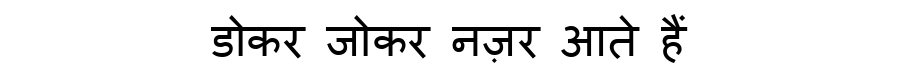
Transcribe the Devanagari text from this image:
डोकर जोकर नज़र आते हैं